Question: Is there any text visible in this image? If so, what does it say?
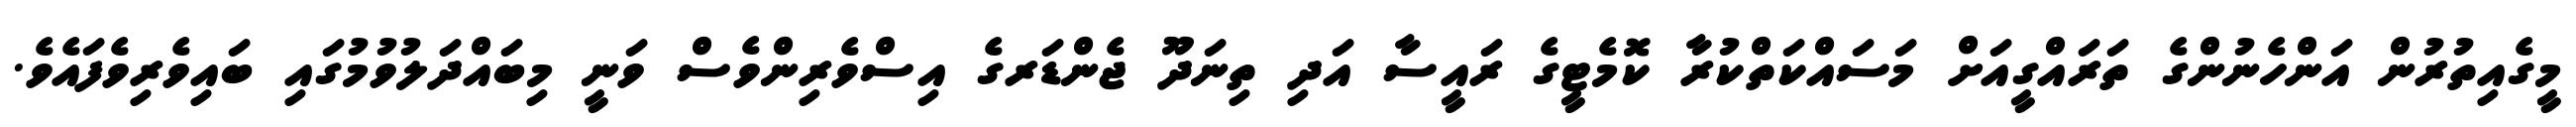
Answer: މީގެއިތުރުން އަންހެނުންގެ ތަރައްގީއަށް މަސައްކަތްކުރާ ކޮމެޓީގެ ރައީސާ އަދި ތިނަދޫ ޖެންޑަރގެ އިސްވެރިންވެސް ވަނީ މިބައްދަލުވުމުގައި ބައިވެރިވެފައެވެ.